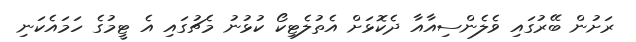
ރަށުން ބޭރުގައި ވެލެންސިއާއާ ދެކޮޅަށް އެތުލެޓިކޯ ކުޅުނު މެޗުގައި އެ ޓީމުގެ ހަމައެކަނި